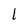
Character: l